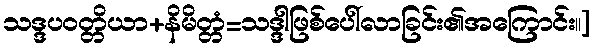
သဒ္ဒပဝတ္တိယာ+နိမိတ္တံ=သဒ္ဒါဖြစ်ပေါ်လာခြင်း၏အကြောင်း။]